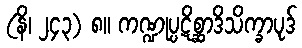
(နိ၊ ၂၄၃) ၈။ ကဏ္ဍုပ္ပဋိစ္ဆာဒိသိက္ခာပုဒ်